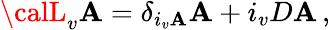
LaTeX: {\calL}_{v}\mathbf{A}=\delta_{i_{v}\mathbf{A}}\mathbf{A}+i_{v}D\mathbf{A}\, ,